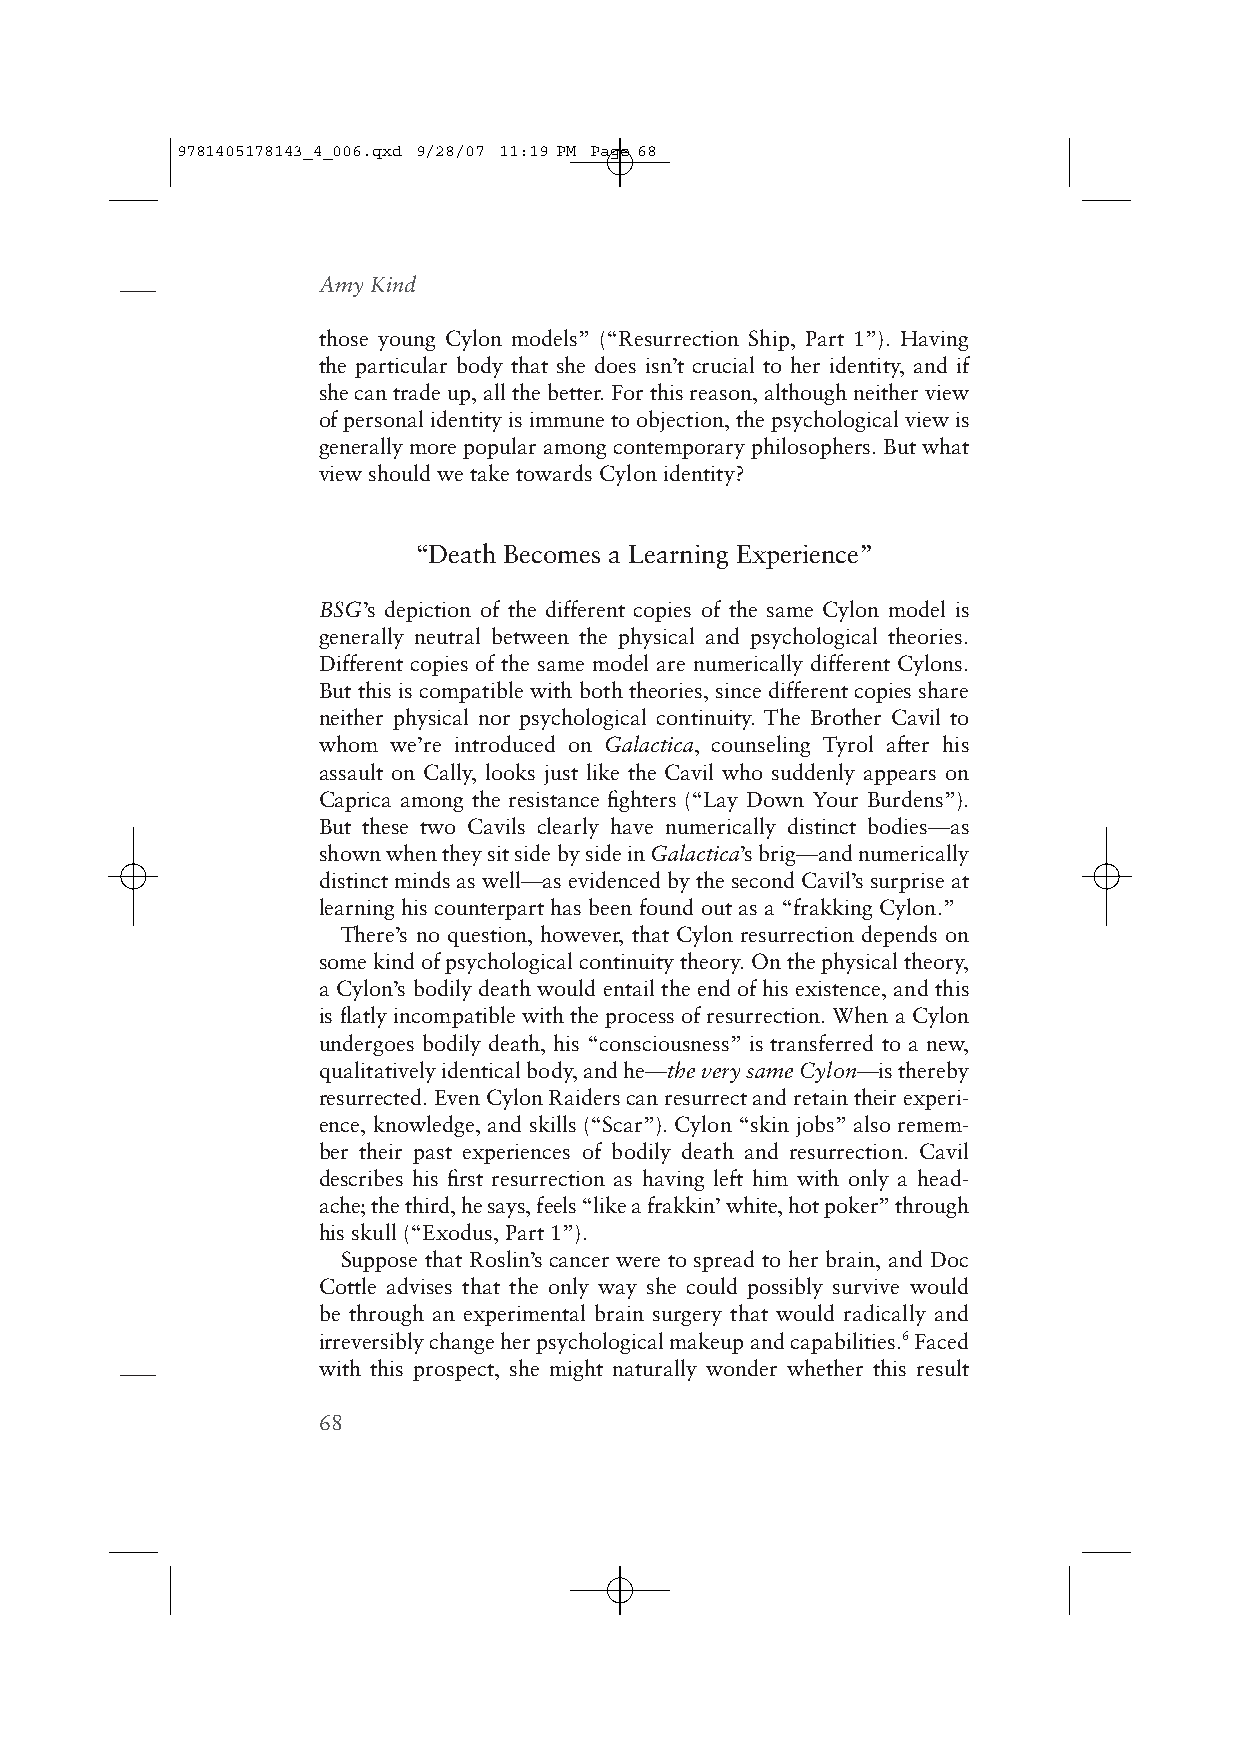
9781405178143_4_006.qxd 9/28/07 11:19 PM Page 68
 Amy Kind
 those young Cylon models” (“Resurrection Ship, Part 1”). Having
 the particular body that she does isn’t crucial to her identity, and if
 she can trade up, all the better. For this reason, although neither view
 of personal identity is immune to objection, the psychological view is
 generally more popular among contemporary philosophers. But what
 view should we take towards Cylon identity?
 “Death Becomes a Learning Experience”
 BSG’s depiction of the different copies of the same Cylon model is
 generally neutral between the physical and psychological theories.
 Different copies of the same model are numerically different Cylons.
 But this is compatible with both theories, since different copies share
 neither physical nor psychological continuity. The Brother Cavil to
 whom we’re introduced on Galactica, counseling Tyrol after his
 assault on Cally, looks just like the Cavil who suddenly appears on
 Caprica among the resistance fighters (“Lay Down Your Burdens”).
 But these two Cavils clearly have numerically distinct bodies—as
 shown when they sit side by side in Galactica’s brig—and numerically
 distinct minds as well—as evidenced by the second Cavil’s surprise at
 learning his counterpart has been found out as a “frakking Cylon.”
 There’s no question, however, that Cylon resurrection depends on
 some kind of psychological continuity theory. On the physical theory,
 a Cylon’s bodily death would entail the end of his existence, and this
 is flatly incompatible with the process of resurrection. When a Cylon
 undergoes bodily death, his “consciousness” is transferred to a new,
 qualitatively identical body, and he—the very same Cylon—is thereby
 resurrected. Even Cylon Raiders can resurrect and retain their experi-
 ence, knowledge, and skills (“Scar”). Cylon “skin jobs” also remem-
 ber their past experiences of bodily death and resurrection. Cavil
 describes his first resurrection as having left him with only a head-
 ache; the third, he says, feels “like a frakkin’ white, hot poker” through
 his skull (“Exodus, Part 1”).
 Suppose that Roslin’s cancer were to spread to her brain, and Doc
 Cottle advises that the only way she could possibly survive would
 be through an experimental brain surgery that would radically and
 irreversibly change her psychological makeup and capabilities.6Faced
 with this prospect, she might naturally wonder whether this result
 68